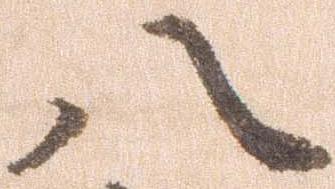
八